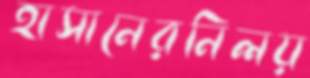
হাসানেরনিলয়